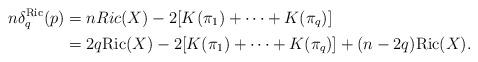
LaTeX: \begin{align*}n\delta_q^{\textrm{Ric}}(p)&=nRic(X)-2[K(\pi_1)+\cdots+K(\pi_q)]\\&=2q\textrm{Ric}(X)-2[K(\pi_1)+\cdots+K(\pi_q)]+(n-2q)\textrm{Ric}(X).\end{align*}